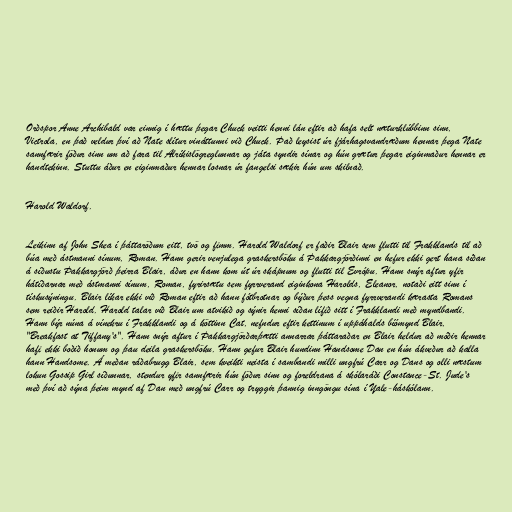
Orðspor Anne Archibald var einnig í hættu þegar Chuck veitti henni lán eftir að hafa selt næturklúbbinn sinn,
Victrola, en það veldur því að Nate slítur vináttunni við Chuck. Það leysist úr fjárhagsvandræðum hennar þega Nate
sannfærir föður sinn um að fara til Alríkislögreglunnar og játa syndir sínar og hún grætur þegar eiginmaður hennar er
handtekinn. Stuttu áður en eiginmaður hennar losnar úr fangelsi sækir hún um skilnað.

Harold Waldorf.

Leikinn af John Shea í þáttaröðum eitt, tvö og fimm. Harold Waldorf er faðir Blair sem flutti til Frakklands til að
búa með ástmanni sínum, Roman. Hann gerir venjulega graskersböku á Þakkargjörðinni en hefur ekki gert hana síðan
á síðustu Þakkargjörð þeirra Blair, áður en hann kom út úr skápnum og flutti til Evrópu. Hann snýr aftur yfir
hátíðarnar með ástmanni sínum, Roman, fyrirsætu sem fyrrverand eiginkona Harolds, Eleanor, notaði eitt sinn í
tískusýningu. Blair líkar ekki við Roman eftir að hann fótbrotnar og býður þess vegna fyrrverandi kærasta Romans
sem reiðir Harold. Harold talar við Blair um atvikið og sýnir henni síðan lífið sitt í Frakklandi með myndbandi.
Hann býr núna á vínekru í Frakklandi og á köttinn Cat, nefndur eftir kettinum í uppáhalds bíómynd Blair,
"Breakfast at Tiffany's". Hann snýr aftur í Þakkargjörðarþætti annarrar þáttaraðar en Blair heldur að móðir hennar
hafi ekki boðið honum og þau deila graskersböku. Hann gefur Blair hundinn Handsome Dan en hún ákveður að kalla
hann Handsome. Á meðan ráðabrugg Blair, sem kveikti neista í sambandi milli ungfrú Carr og Dans og olli næstum
lokun Gossip Girl síðunnar, stendur yfir sannfærir hún föður sinn og foreldrana á skólaráði Constance-St. Jude's
með því að sýna þeim mynd af Dan með ungfrú Carr og tryggir þannig inngöngu sína í Yale-háskólann.